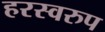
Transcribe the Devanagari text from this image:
हरस्वरुप